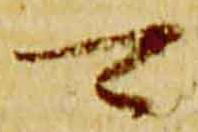
可